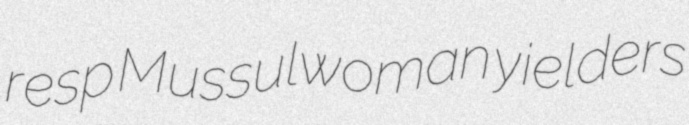
resp Mussulwoman yielders